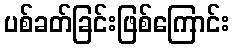
ပစ်ခတ်ခြင်းဖြစ်ကြောင်း